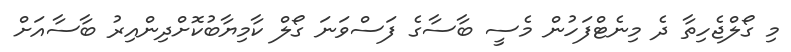
މި ގޯލްޖެހިތާ ދެ މިނެޓްފަހުން މެސީ ބާސާގެ ފަސްވަނަ ގޯލް ކާމިޔާބުކޮށްދިންއިރު ބާސާއަށް